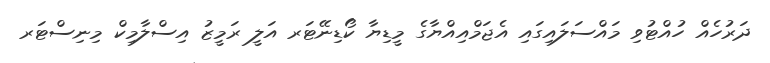
ދަރުހެއް ހުއްޓުވި މައްސަލައިގައި އެޖަމްއިއްޔާގެ މީޑިޔާ ކޯޑިނޭޓަރ އަލީ ރަމީޒު އިސްލާމިކް މިނިސްޓަރ